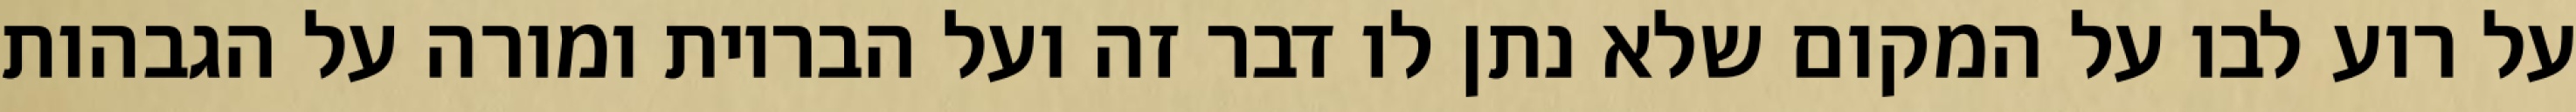
על רוע לבו על המקום שלא נתן לו דבר זה ועל הבריות ומורה על הגבהות